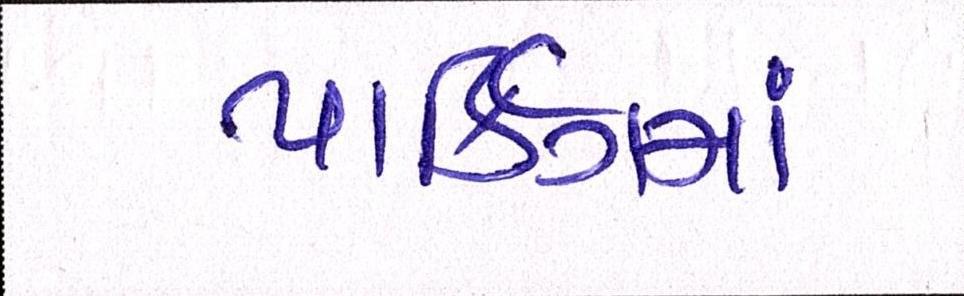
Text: પાર્કિંગમાં